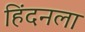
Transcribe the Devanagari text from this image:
हिंदनला